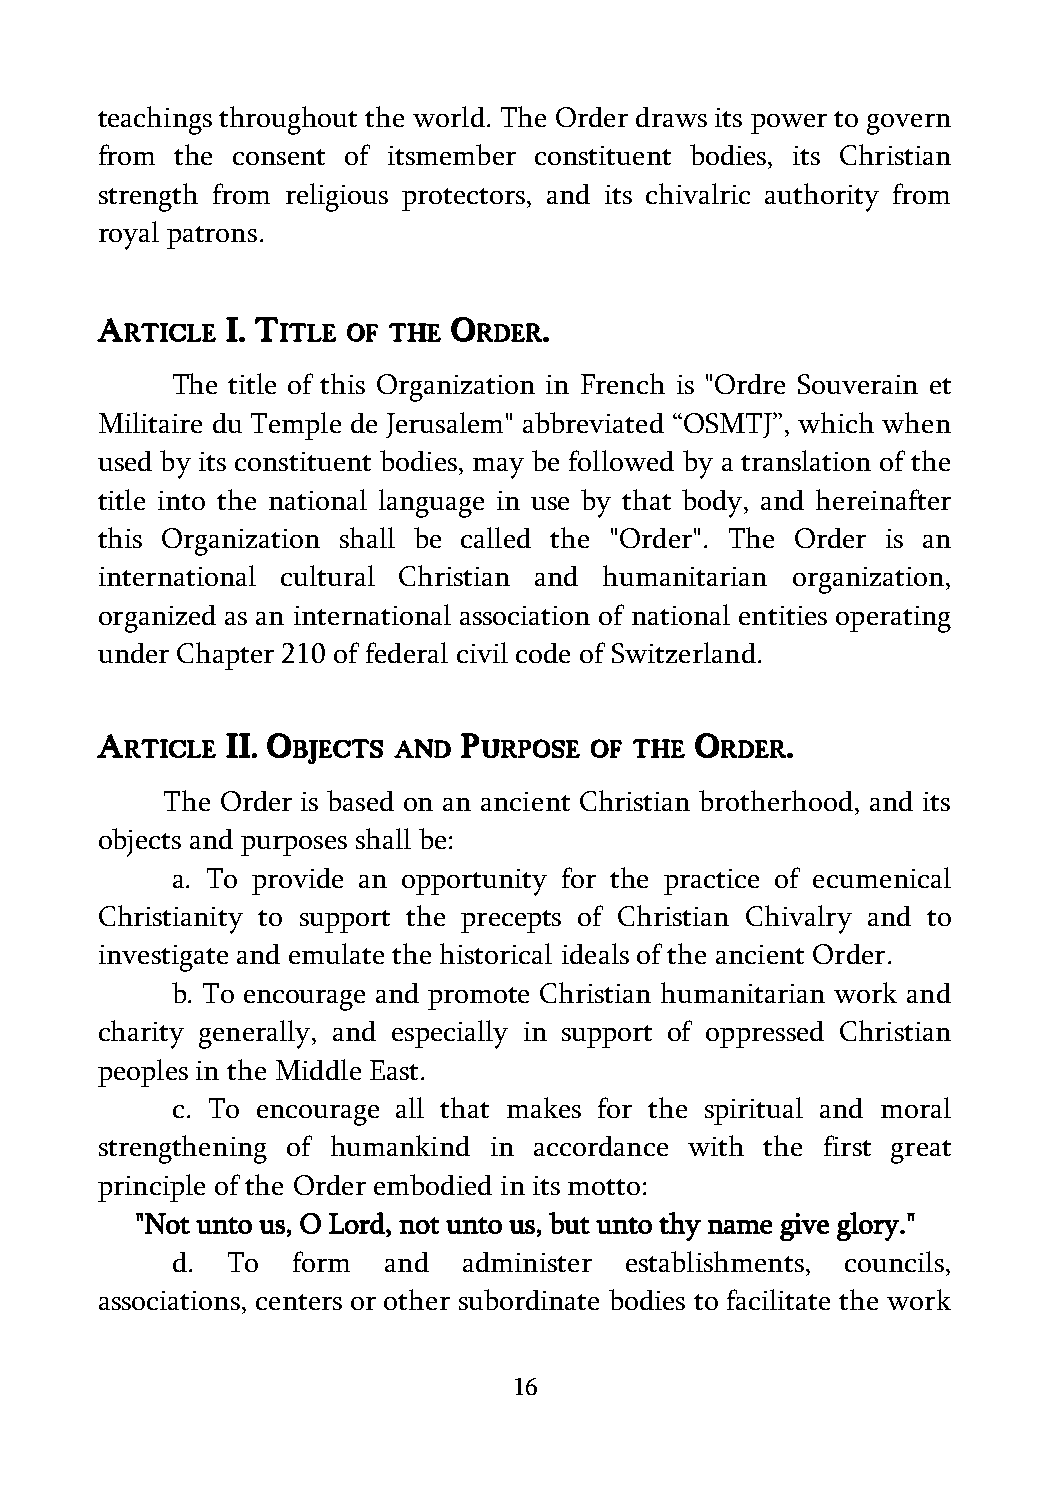
teachings throughout the world. The Order draws its power to govern
 from  the consent of itsmember constituent bodies, its Christian
 strength from religious protectors, and its chivalric authority from
 royal patrons.
 A        I. T           O     .
 RTICLE     ITLE OF THE  RDER
 The title of this Organization in French is "Ordre Souverain et
 Militaire du Temple de Jerusalem" abbreviated “OSMTJ”, which when
 used by its constituent bodies, may be followed by a translation of the
 title into the national language in use by that body, and hereinafter
 this Organization shall be called the "Order". The Order is an
 international cultural Christian and humanitarian organization,
 organized as an international association of national entities operating
 under Chapter 210 of federal civil code of Switzerland.
 A        II. O           P              O     .
 RTICLE     BJECTS AND   URPOSE OF THE   RDER
 The Order is based on an ancient Christian brotherhood, and its
 objects and purposes shall be:
 a. To provide an opportunity for the practice of ecumenical
 Christianity to support the precepts of Christian Chivalry and to
 investigate and emulate the historical ideals of the ancient Order.
 b. To encourage and promote Christian humanitarian work and
 charity generally, and especially in support of oppressed Christian
 peoples in the Middle East.
 c. To encourage all that makes for the spiritual and moral
 strengthening of humankind in accordance with the first great
 principle of the Order embodied in its motto:
 "Not unto us, O Lord, not unto us, but unto thy name give glory."
 d.  To  form  and   administer establishments, councils,
 associations, centers or other subordinate bodies to facilitate the work
 16